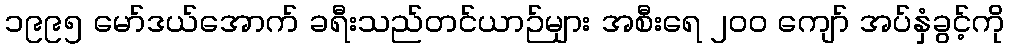
၁၉၉၅ မော်ဒယ်အောက် ခရီးသည်တင်ယာဉ်များ အစီးရေ ၂ဝဝ ကျော် အပ်နှံခွင့်ကို